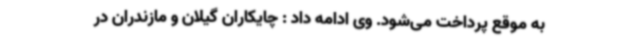
به موقع پرداخت می‌شود. وی ادامه داد : چایکاران گیلان و مازندران در